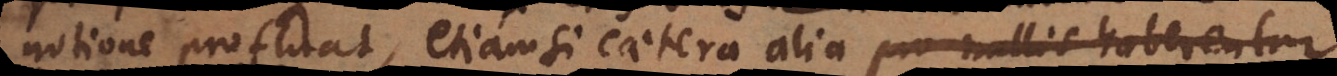
notione profluat, etiamsi caetera alia pro nullis haberentur